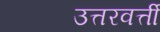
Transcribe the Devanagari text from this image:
उत्तरवर्त्ती